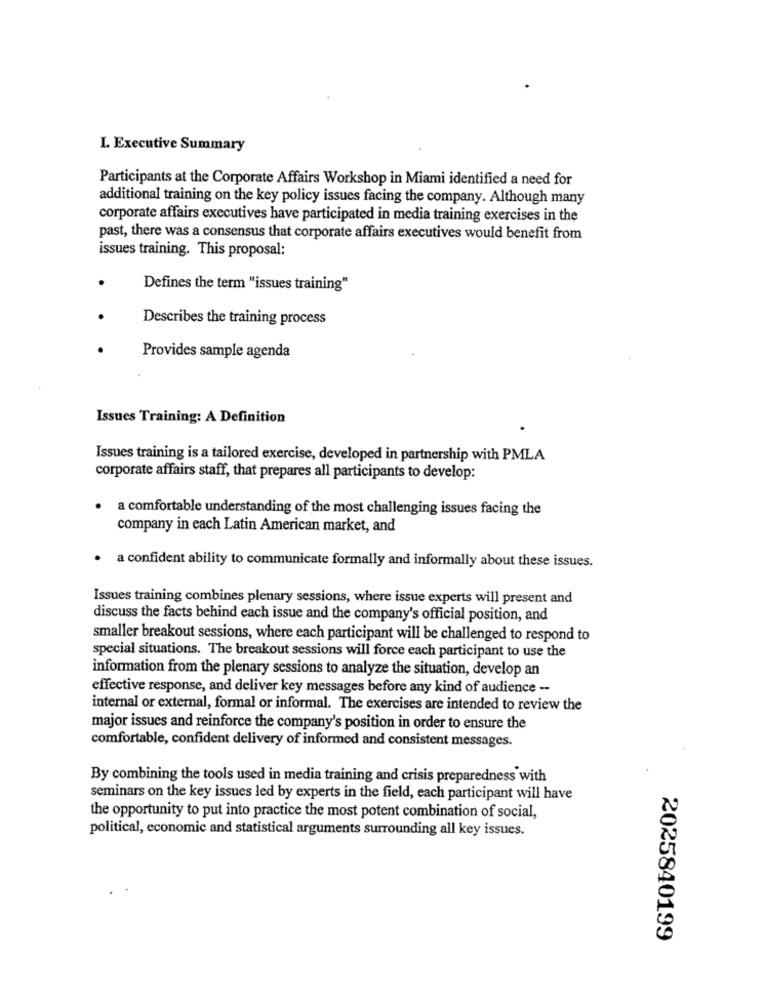
I. Executive Summary
Participants at the Corporate Affairs Workshop in Miami identified a need for
additional training on the key policy issues facing the company. Although many
corporate affairs executives have participated in media training exercises in the
past, there was a consensus that corporate affairs executives would benefit from
issues training. This proposal:
Defines the term "issues training"
Describes the training process
Provides sample agenda
Issues Training: A Definition
Issues training is a tailored exercise, developed in partnership with PMLA
corporate affairs staff, that prepares all participants to develop:
. a comfortable understanding of the most challenging issues facing the
company in each Latin American market, and
· a confident ability to communicate formally and informally about these issues.
Issues training combines plenary sessions, where issue experts will present and
discuss the facts behind each issue and the company's official position, and
smaller breakout sessions, where each participant will be challenged to respond to
special situations. The breakout sessions will force each participant to use the
information from the plenary sessions to analyze the situation, develop an
effective response, and deliver key messages before any kind of audience --
internal or external, formal or informal. The exercises are intended to review the
major issues and reinforce the company's position in order to ensure the
comfortable, confident delivery of informed and consistent messages.
By combining the tools used in media training and crisis preparedness with
seminars on the key issues led by experts in the field, each participant will have
the opportunity to put into practice the most potent combination of social,
political, economic and statistical arguments surrounding all key issues.
2025840199